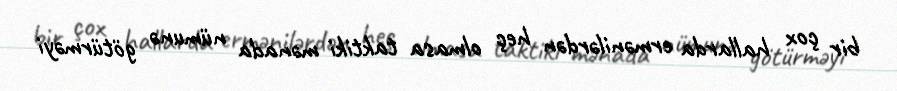
bir çox hallarda ermənilərdən heç olmasa taktiki mənada nümunə götürməyi